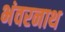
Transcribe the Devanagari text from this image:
भंवरनाथ